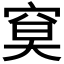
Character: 𥦏